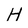
Character: H